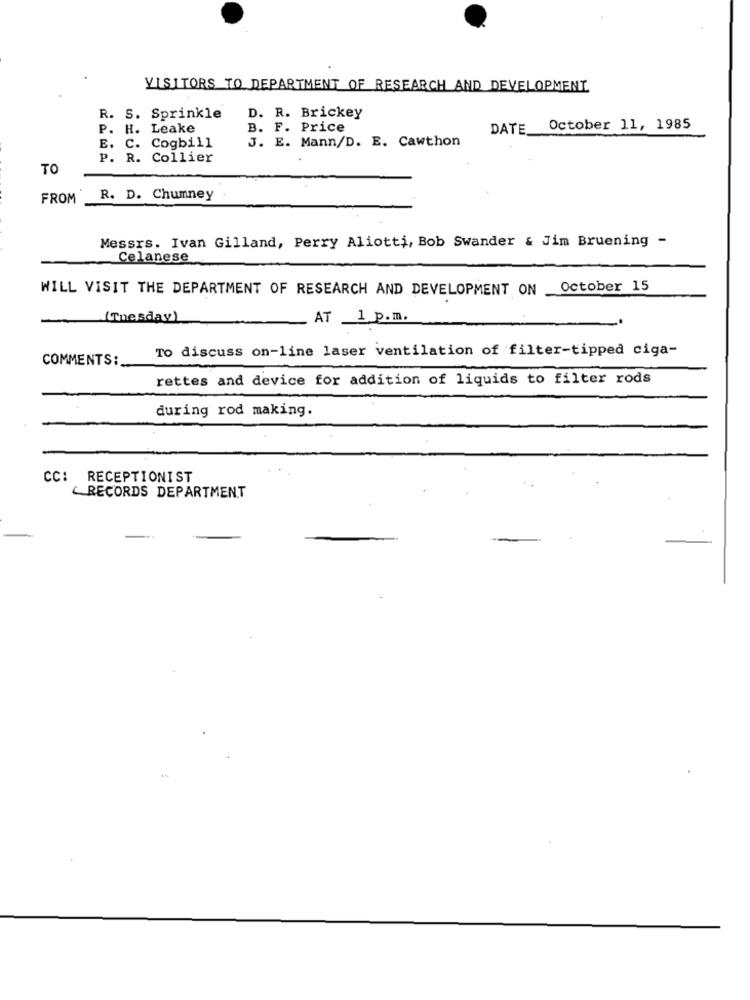
VISITORS TO DEPARTMENT OF RESEARCH AND DEVELOPMENT
R. S. Sprinkle
D. R. Brickey
P. H. Leake
B. F. Price
DATE October 11, 1985
E. C. Cogbill
3. E. Mann/D. E. Cawthon
P. R. Collier
TO
FROM
R. D. Chumney
Messrs. Ivan Gilland, Perry Aliotti, Bob Swander & Jim Bruening -
Celanese
WILL VISIT THE DEPARTMENT OF RESEARCH AND DEVELOPMENT ON October 15
(Tuesday)
AT 1 p.m.
To discuss on-line laser ventilation of filter-tipped ciga-
COMMENTS:
rettes and device for addition of liquids to filter rods
during rod making.
CC: RECEPTIONIST
RECORDS DEPARTMENT